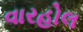
વારહોલ